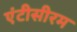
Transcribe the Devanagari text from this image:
एंटीसीरम